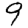
Digit: 9